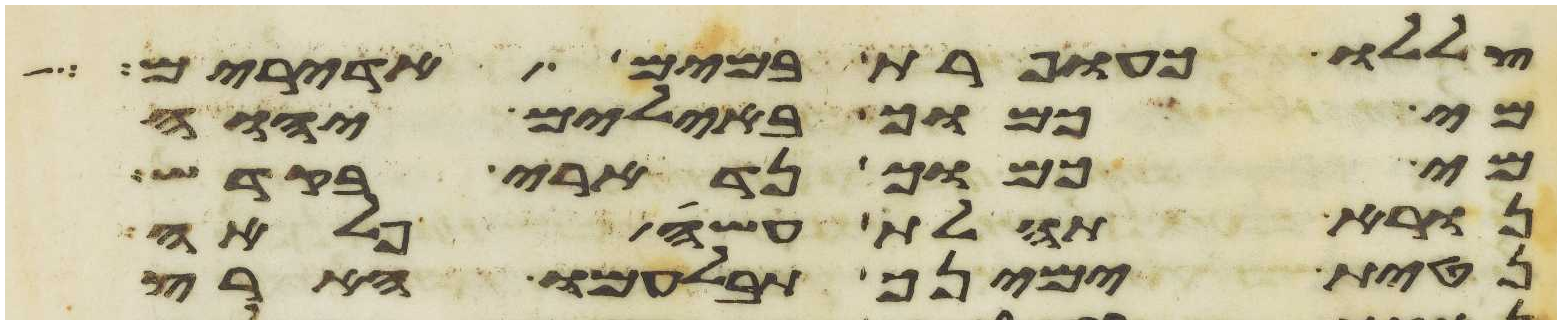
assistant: צללו כעופרת במים אדירים
מי כמוך באלים יהוה
מי כמוך נדארי בקדש
נורא תהלת עשה פלאה
נטית ימינך תבלעמו הארץ